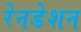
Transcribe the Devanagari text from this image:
रेनडेशन